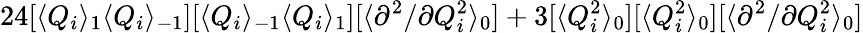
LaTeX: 24[\langle Q_{i}\rangle_{1}\langle Q_{i}\rangle_{-1}][\langle Q_{i}\rangle_{-1}\langle Q_{i}\rangle_{1}][\langle{\partial^{2}}/{\partial Q_{i}^{2}}\rangle_{0}]+3[\langle Q_{i}^{2}\rangle_{0}][\langle Q_{i}^{2}\rangle_{0}][\langle{\partial^{2}}/{\partial Q_{i}^{2}}\rangle_{0}]